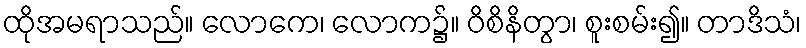
ထိုအမရာသည်။ လောကေ၊ လောက၌။ ဝိစိနိတွာ၊ စူးစမ်း၍။ တာဒိသံ၊